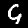
Label: 9